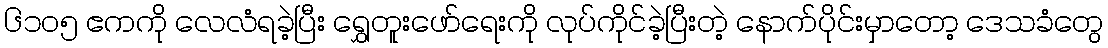
၆၁၀၅ ဧကကို လေလံရခဲ့ပြီး ရွှေတူးဖော်ရေးကို လုပ်ကိုင်ခဲ့ပြီးတဲ့ နောက်ပိုင်းမှာတော့ ဒေသခံတွေ